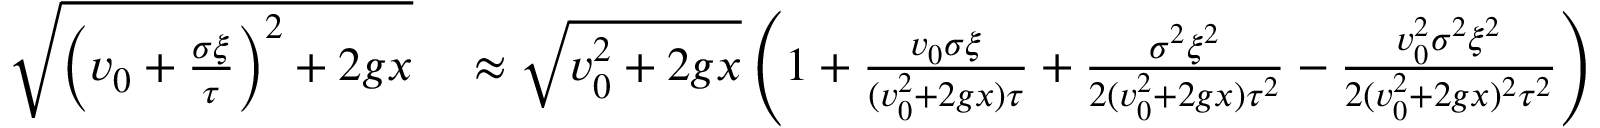
\begin{array} { r l } { \sqrt { \left( v _ { 0 } + \frac { \sigma \xi } { \tau } \right) ^ { 2 } + 2 g x } } & { { } \approx \sqrt { v _ { 0 } ^ { 2 } + 2 g x } \left( 1 + \frac { v _ { 0 } \sigma \xi } { ( v _ { 0 } ^ { 2 } + 2 g x ) \tau } + \frac { \sigma ^ { 2 } \xi ^ { 2 } } { 2 ( v _ { 0 } ^ { 2 } + 2 g x ) \tau ^ { 2 } } - \frac { v _ { 0 } ^ { 2 } \sigma ^ { 2 } \xi ^ { 2 } } { 2 ( v _ { 0 } ^ { 2 } + 2 g x ) ^ { 2 } \tau ^ { 2 } } \right) } \end{array}